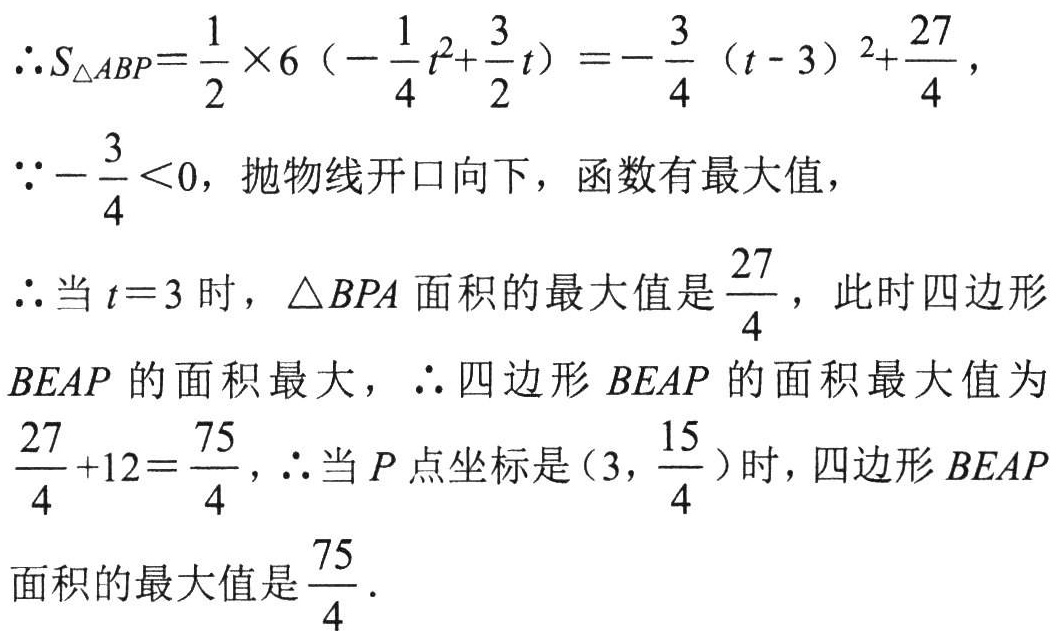
\(\therefore S_{\triangle ABP}=\frac{1}{2}\times6\left(-\frac{1}{4}t^{2}+\frac{3}{2}t\right)=-\frac{3}{4}(t - 3)^{2}+\frac{27}{4}\)，
\(\because-\frac{3}{4}<0\)，抛物线开口向下，函数有最大值，
\(\therefore\)当\(t = 3\)时，\(\triangle BPA\)面积的最大值是\(\frac{27}{4}\)，此时四边形
\(BEAP\)的面积最大，\(\therefore\)四边形\(BEAP\)的面积最大值为
\(\frac{27}{4}+12=\frac{75}{4}\)，\(\therefore\)当\(P\)点坐标是\((3,\frac{15}{4})\)时，四边形\(BEAP\)
面积的最大值是\(\frac{75}{4}\)．